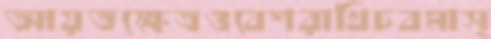
আয়তক্ষেত্রওবেশরাখিচবমাস্